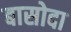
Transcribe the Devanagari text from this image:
बासोदा